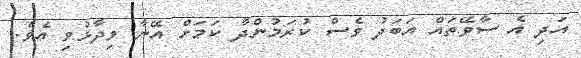
އަދި އެ ސާވޭތައް އަބަދު ވެސް ކުރަމުންދާ ކަމަށް އޭނާ ވިދާޅުވި އެވެ.